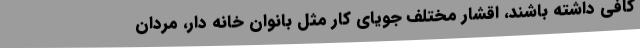
کافی داشته باشند، اقشار مختلف جویای کار مثل بانوان خانه دار، مردان